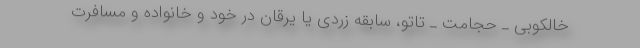
خالکوبی ـ حجامت ـ تاتو، سابقه زردی یا یرقان در خود و خانواده و مسافرت